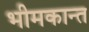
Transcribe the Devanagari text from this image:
भीमकान्त